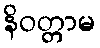
နိဝတ္တာမ